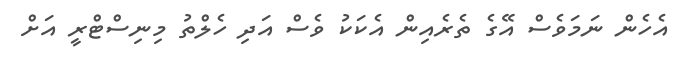
އެހެން ނަމަވެސް އޭގެ ތެރެއިން އެކަކު ވެސް އަދި ހެލްތު މިނިސްޓްރީ އަށް